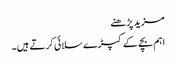
مزید پڑھنے
اہم بچے کے کپڑے سلائی کرتے ہیں۔